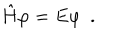
\hat { H } \varphi = E \varphi \ \ .